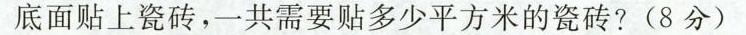
底面贴上瓷砖，一共需要贴多少平方米的瓷砖?(8分)